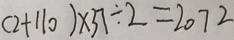
( 2 + 1 1 0 ) \times 3 7 \div 2 = 2 0 7 2